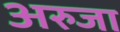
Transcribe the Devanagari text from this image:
अरुजा